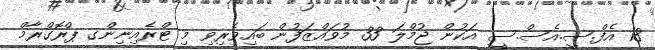
18 އެފް.ސީ.އެސް.ސީ އަކުން ޖުމްލަ 33 މުވައްޒަފުން ބައިވެރިވި މި ޓްރެއިނިންގ ޕްރޮގްރާމް